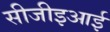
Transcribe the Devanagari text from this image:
सीजीइआई